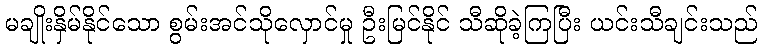
မချိုးနှိမ်နိုင်သော စွမ်းအင်သိုလှောင်မှု ဦးမြင်နိုင် သီဆိုခဲ့ကြပြီး ယင်းသီချင်းသည်